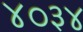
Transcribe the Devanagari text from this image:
४०३४